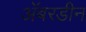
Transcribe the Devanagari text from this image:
अॅबरडीन